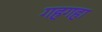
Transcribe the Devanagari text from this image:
गहगहा